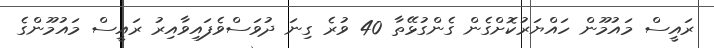
ރައީސް މައުމޫން ހައްޔަރުކޮށްގެން ގެންގުޅޭތާ 40 ވުރެ ގިނަ ދުވަސްވެފައިވާއިރު ރައީސް މައުމޫންގެ